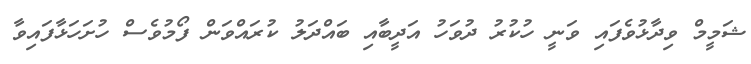
ޝަމީމް ވިދާޅުވެފައި ވަނީ ހުކުރު ދުވަހު އަދީބާއި ބައްދަލު ކުރައްވަން ފޯމުވެސް ހުށަހަޅާފައިވާ